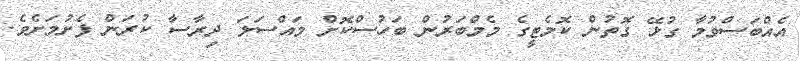
އެއްބަސްވުމާ ގުޅޭ ގޮތުން ކޮމެޓީގެ މެމްބަރުން ބަހުސްކޮށް މައްސަލަ ދިރާސާ ކުރަން ފެށުމަށެވެ.